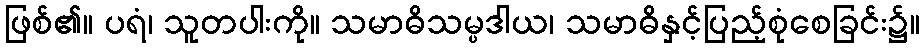
ဖြစ်၏။ ပရံ၊ သူတပါးကို။ သမာဓိသမ္ပဒါယ၊ သမာဓိနှင့်ပြည့်စုံစေခြင်း၌။